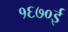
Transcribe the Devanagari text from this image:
१६७०ई